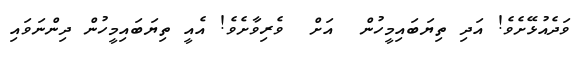
ވަދެއުޅޭށެވެ! އަދި ތިޔަބައިމީހުން  އަށް  ވެރިވާށެވެ! އެއީ ތިޔަބައިމީހުން ދިންނަވައި